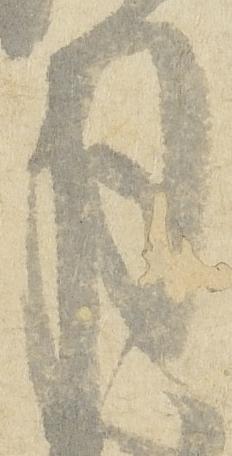
月